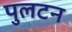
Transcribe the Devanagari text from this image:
पुलटन